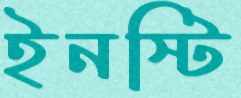
ইনস্টি